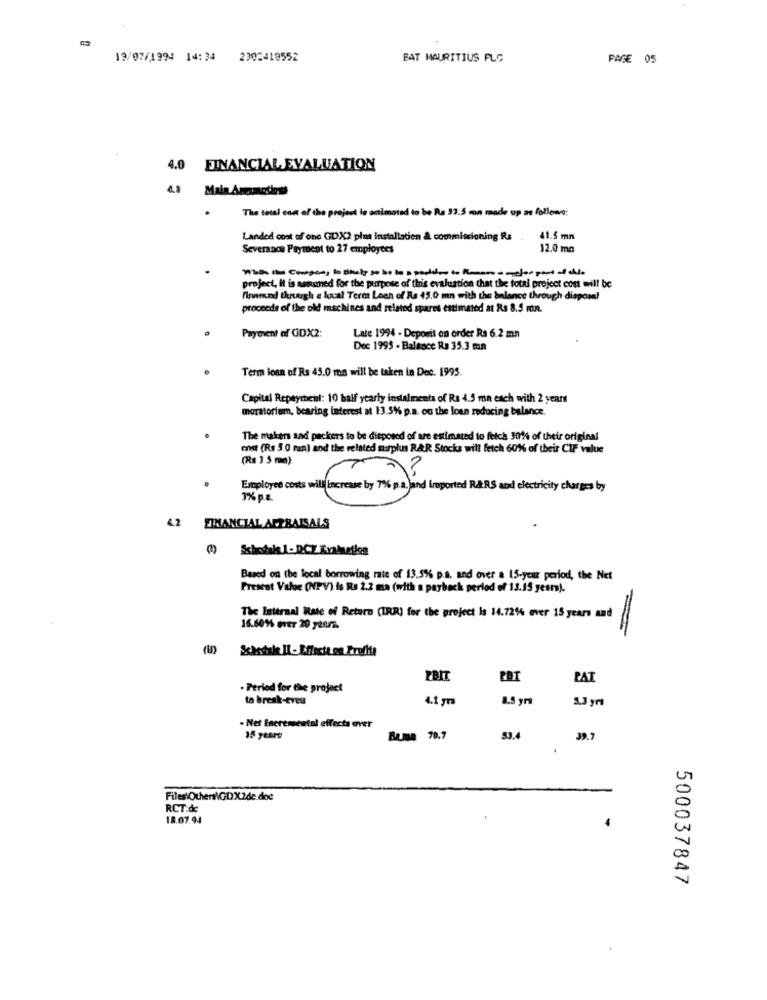
19/07/1994 14:34 2302418552
BAT MAURITIUS FLC
PAGE 05
4.0
FINANCIAL EVALUATION
Main Amunodiese
Tha total con of the project le actimatad to be Ra 33.5 mn made up a followo:
Landed cost of one GDX2 phus installation & commissioning Rs
41.5 mm
Severanos Payment to 27 employees
12.0 mg
project, it is assuned for the purpose of this evaluation that the total project cost will be
finund though a local Terot Loen of Ra 45.0 mn with the balance through disposal
proceeds of the old machines and related spares estimated at Rs 8.5 mn.
Payment of GDX2:
Late 1994 - Deposit on order Rs 6.2 mm
Dec 1995 - Balance Ra 35.3 mn
Term loan of Rs 45.0 mas will be taken in Dec. 1995.
Capital Repaycheni: 10 half yearly instalments of Rs 4.5 mn each with 2 years
moratorium, bearing interest at 13.5% p.a. on the loan reducing balance.
The makers and packers to be disposed of are estimated to fetch 30% of their original
ost (Rs 5.0 ran) and the related surplus RAR Stocks will fetch 60%% of their CIF value
(Rs 3 5 mm)
Exployes costs will increase by 1% p. a.)and Ireported R&SUS and electricity charges by
3% p.a.
4.2 FINANCIAL ALERAISALS
(9) Schotak 1-DCZ Erainetlos
Based on the local borrowing rate of 13.5% p.a. and over a 15-year period, the Net
Present Value (NPV) is Rs 2.2 ma (with a payback period of 13.15 year).
The Internal Rate of Return (IRR) for the project Is 14.72% ever 15 years and
16.60% Over 20 years.
(U) Schedule Il - Effecte.on Profite
EBIT
PAT
- Period for the project
to break-even
4.1 gr
5.3 yrs
- Net Incremental effects over
15 years
Bema 70.7
53.4
39.7
Files\Other\GDX2de.doc
RCT.de
18.07.94
500037847